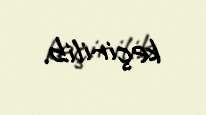
keçirilib.